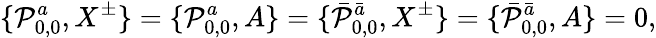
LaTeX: \{ {\cal P}_{0,0}^{a},X^{\pm}\} =\{ {\cal P}_{0,0}^{a},A\} =\{ \bar{{\cal P}}_{0,0}^{\bar{a}},X^{\pm}\} =\{ \bar{{\cal P}}_{0,0}^{\bar{a}},A\} =0,